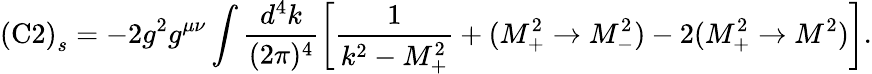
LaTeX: \mathrm{(C2)}_{s}=-2g^{2}g^{\mu\nu}\int\frac{d^{4}k}{(2\pi)^{4}}\left[\frac{1}{k^{2}-M_{+}^{2}}+(M_{+}^{2}\rightarrow M_{-}^{2})-2(M_{+}^{2}\rightarrow M^{2})\right].